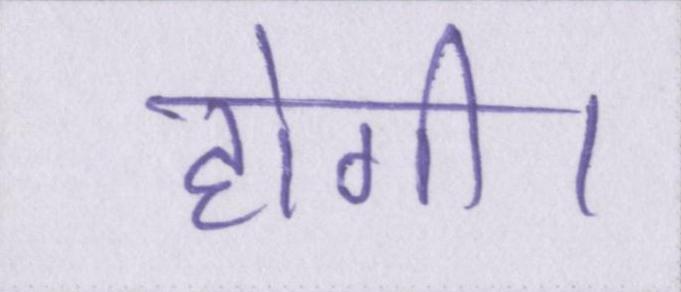
होगी।